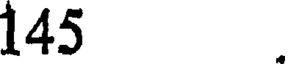
145